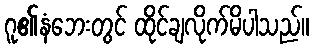
ဂူ၏နံဘေးတွင် ထိုင်ချလိုက်မိပါသည်။